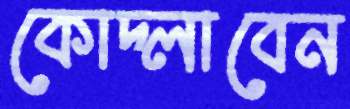
কোদ্‌লাবেন